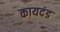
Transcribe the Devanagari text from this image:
कायदंड